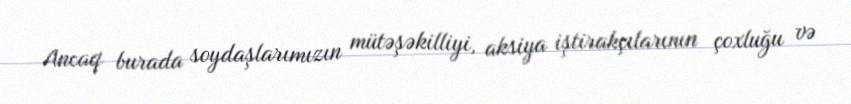
Ancaq burada soydaşlarımızın mütəşəkilliyi, aksiya iştirakçılarının çoxluğu və